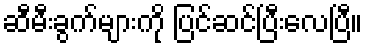
ဆီမီးခွက်များကို ပြင်ဆင်ပြီးလေပြီ။